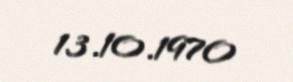
13.10.1970